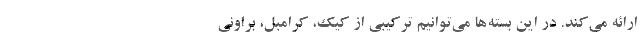
ارائه می‌کند. در این بسته‌ها می‌توانیم ترکیبی از کیک، کرامبل، براونی